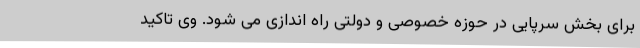
برای بخش سرپایی در حوزه خصوصی و دولتی راه اندازی می شود. وی تاکید